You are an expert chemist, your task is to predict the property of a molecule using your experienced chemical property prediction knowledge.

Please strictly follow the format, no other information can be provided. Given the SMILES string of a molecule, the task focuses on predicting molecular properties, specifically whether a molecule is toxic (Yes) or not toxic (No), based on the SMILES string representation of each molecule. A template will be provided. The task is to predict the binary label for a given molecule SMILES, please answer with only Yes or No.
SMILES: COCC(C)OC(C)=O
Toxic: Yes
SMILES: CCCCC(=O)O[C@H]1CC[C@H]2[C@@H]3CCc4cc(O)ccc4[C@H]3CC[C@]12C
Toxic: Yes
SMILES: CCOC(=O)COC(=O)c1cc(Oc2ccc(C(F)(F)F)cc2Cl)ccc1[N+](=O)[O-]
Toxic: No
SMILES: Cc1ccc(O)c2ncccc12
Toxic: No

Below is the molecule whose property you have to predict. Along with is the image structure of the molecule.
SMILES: CNC(=C[N+](=O)[O-])NCCSCc1csc(CN(C)C)n1
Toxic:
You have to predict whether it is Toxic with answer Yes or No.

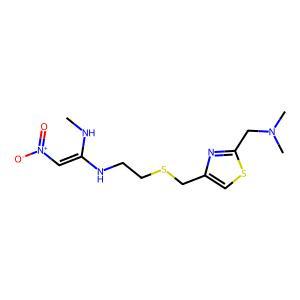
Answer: No